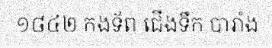
១៨៤២ កងទ័ព ជើងទឹក បារាំង